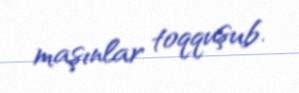
maşınlar toqquşub.